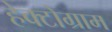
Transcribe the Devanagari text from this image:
हेक्टोग्राम